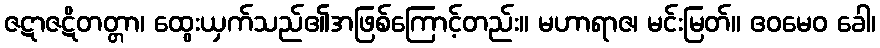
ဇဋာဇဋိတတ္တာ၊ ထွေးယှက်သည်၏အဖြစ်ကြောင့်တည်း။ မဟာရာဇ၊ မင်းမြတ်။ ဧဝမေဝ ခေါ၊